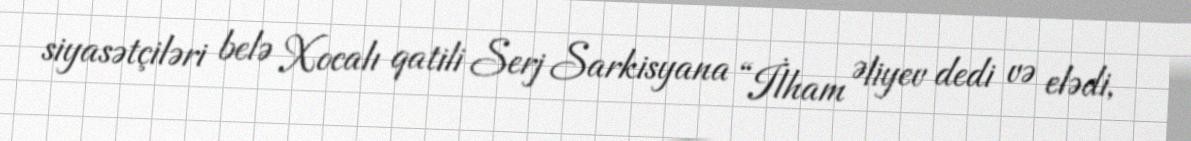
siyasətçiləri belə Xocalı qatili Serj Sarkisyana “İlham Əliyev dedi və elədi,